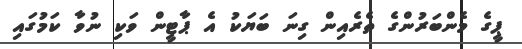
ޕީގެ މެންބަރުންގެ ތެރެއިން ގިނަ ބަޔަކު އެ ޕާޓީން ވަކި ނުވާ ކަމުގައި